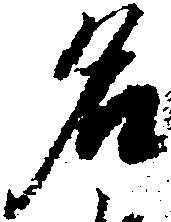
名